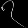
Digit: ၇